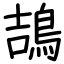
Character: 鴶